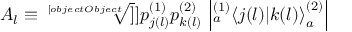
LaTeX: A _ { l } \equiv \sqrt [ [object Object] ] ] { p _ { j ( l ) } ^ { ( 1 ) } p _ { k ( l ) } ^ { ( 2 ) } } \, \left| { } _ { a } ^ { ( 1 ) } \! \left\langle { j ( l ) } | { k ( l ) } \right\rangle _ { a } ^ { ( 2 ) } \right|